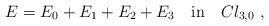
LaTeX: \begin{align*}E = E_0 + E_1 + E_2 + E_3 ~~~\mbox{in}~~~Cl_{3,0}~,\end{align*}